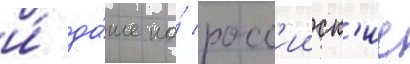
и́ да́же на́ росс'ииск'ие